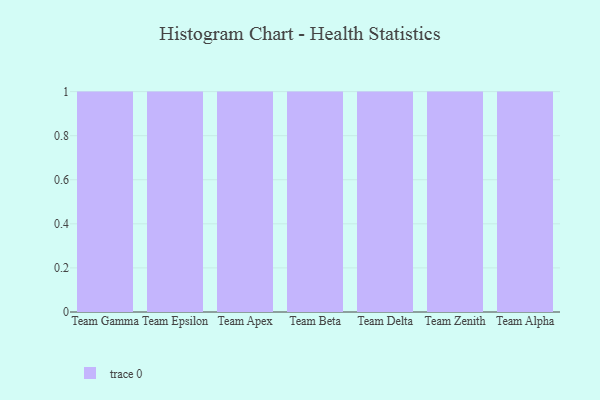
{"axis": {"x": "Team", "y": "Net Income (USD K)"}, "legend": [""], "data": [{"x": "Team Gamma", "y": 62, "type": ""}, {"x": "Team Epsilon", "y": 91, "type": ""}, {"x": "Team Apex", "y": 9, "type": ""}, {"x": "Team Beta", "y": 49, "type": ""}, {"x": "Team Delta", "y": 77, "type": ""}, {"x": "Team Zenith", "y": 9, "type": ""}, {"x": "Team Alpha", "y": 37, "type": ""}]}